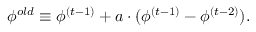
\phi ^ { o l d } \equiv \phi ^ { ( t - 1 ) } + a \cdot ( \phi ^ { ( t - 1 ) } - \phi ^ { ( t - 2 ) } ) .